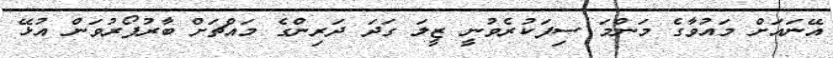
އޭނައަށް މައުވާގެ މަންމަ ސިފަކުރެވުނީ ޒީލަ ގަދަ ދަރިންގެ މައްޗަށް ބާރުފޯރުވަން އުޅޭ